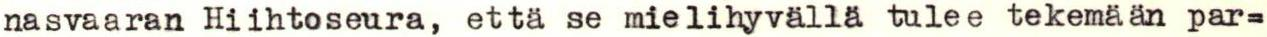
nasvaaran Hiihtoseura, että se mielihyvällä tulee tekemaan par=